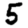
Digit: 5